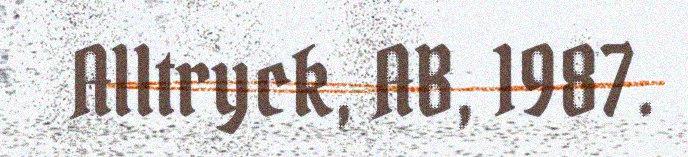
Alltryck, AB, 1987.